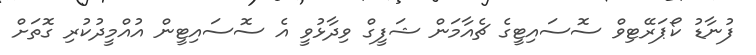
ފުނާޑު ކޯޕަރޭޓިވް ސޮސައިޓީގެ ޗެއާމަން ޝަފީގް ވިދާޅުވީ އެ ސޮސައިޓީން އުއްމީދުކުރި ގޮތަށް